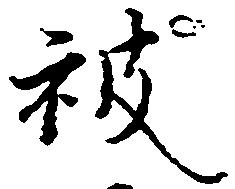
被